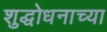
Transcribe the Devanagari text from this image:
शुद्धोधनाच्या